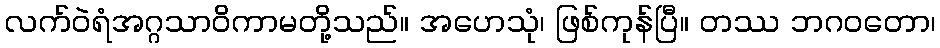
လက်ဝဲရံအဂ္ဂသာဝိကာမတို့သည်။ အဟေသုံ၊ ဖြစ်ကုန်ပြီ။ တဿ ဘဂဝတော၊